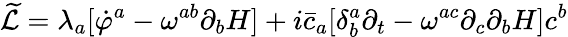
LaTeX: {\widetilde{\cal L}}=\lambda_{a}[{\dot{\varphi}}^{a}-\omega^{ab}\partial_{b}H]+i{\bar{c}}_{a}[\delta_{b}^{a}\partial_{t}-\omega^{ac}\partial_{c}\partial_{b}H]c^{b}